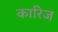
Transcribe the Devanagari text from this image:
कारिज